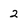
Character: 2